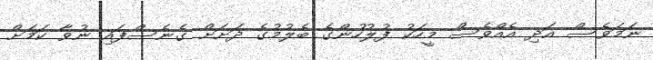
ނަމަވެސް އަދި އެއްވެސް މީހަކު ފުލުހުންގެ ބެލުމުގެ ދަށަށް ގެނެސްފައި ނުވާ ކަމަށް